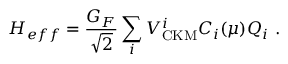
{ \cal H } _ { e f f } = \frac { G _ { F } } { \sqrt { 2 } } \sum _ { i } V _ { \mathrm { C K M } } ^ { i } C _ { i } ( \mu ) Q _ { i } ~ .